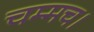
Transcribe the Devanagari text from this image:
चम्मच।